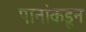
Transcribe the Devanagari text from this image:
पानांकडून